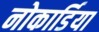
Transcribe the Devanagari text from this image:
नोकार्डिया